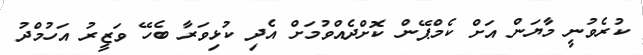
ކުރެވުނީ މާޔަން އަށް ކެމްޕޭން ކޮށްދެއްވުމަށް އެދި ކުޅިވަރާ ބެހޭ ވަޒީރު އަހުމްދު